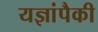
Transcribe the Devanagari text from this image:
यज्ञांपैकी